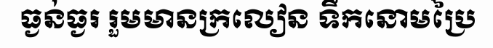
ធ្ងន់ធ្ងរ រួមមានក្រលៀន ទឹកនោមប្រៃ